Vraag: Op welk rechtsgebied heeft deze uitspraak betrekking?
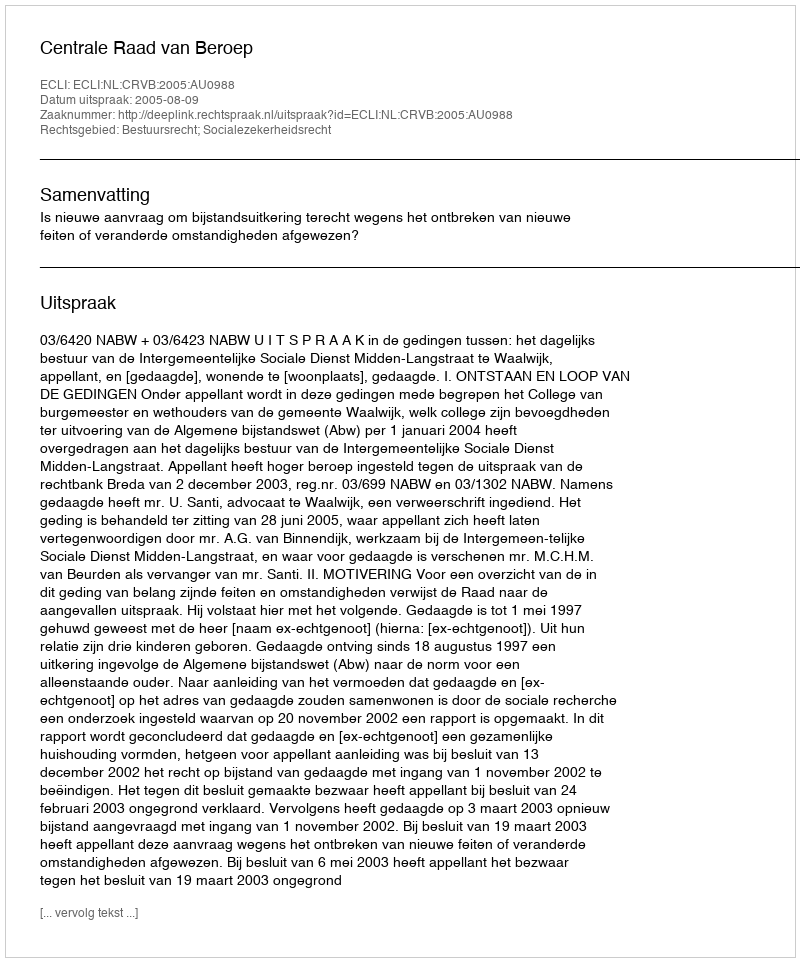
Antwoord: Bestuursrecht; Socialezekerheidsrecht